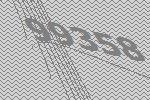
99358